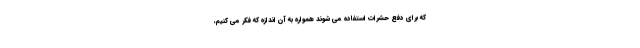
که برای دفع حشرات استفاده می شوند همواره به آن اندازه که فکر می کنیم،